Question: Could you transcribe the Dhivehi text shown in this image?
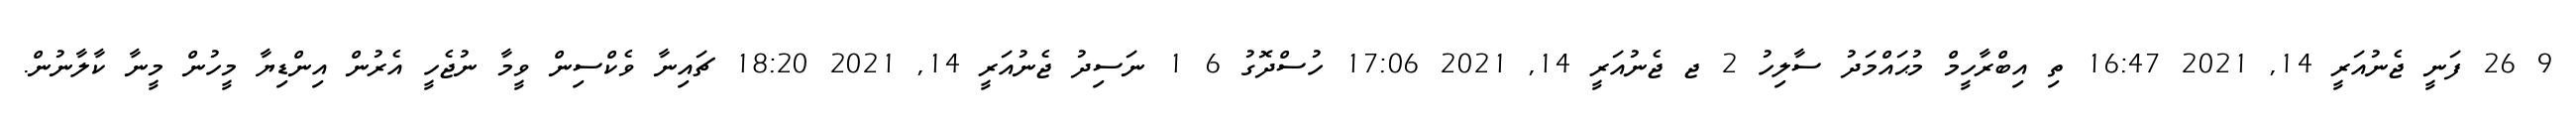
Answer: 9 26 ފަނީ ޖެނުއަރީ 14, 2021 16:47 ތި އިބްރާހީމް މުޙައްމަދު ސާލިހު 2 ޖ ޖެނުއަރީ 14, 2021 17:06 ހުސްދޮގު 6 1 ނަސިދު ޖެނުއަރީ 14, 2021 18:20 ޗައިނާ ވެކްސިން ވީމާ ނުޖެހީ އެރުން އިންޑިޔާ މީހުން މީނާ ކާލާނުން.